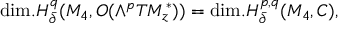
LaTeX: \mathrm { d i m . } H _ { \bar { \partial } } ^ { q } ( M _ { 4 } , { \cal O } ( \wedge ^ { p } T M _ { z } ^ { \ast } ) ) = \mathrm { d i m . } H _ { \bar { \partial } } ^ { p , q } ( M _ { 4 } , C ) ,